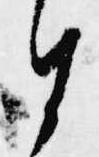
謹